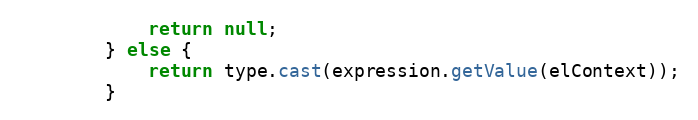
Language: Java
			return null;
		} else {
			return type.cast(expression.getValue(elContext));
		}